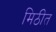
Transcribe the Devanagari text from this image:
मिठीत